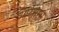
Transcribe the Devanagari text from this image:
आरमम्भ